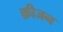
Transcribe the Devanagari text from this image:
क्रीजन